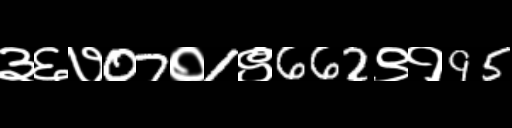
Text: ३६७07०1९662९१95